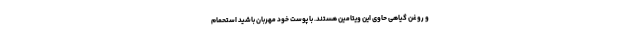
و روغن گیاهی حاوی این ویتامین هستند. با پوست خود مهربان باشید استحمام